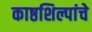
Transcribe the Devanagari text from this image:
काष्ठशिल्पांचे